Vaccination Hyderabad 1872-1889 - 1872-1889
Year: 1872
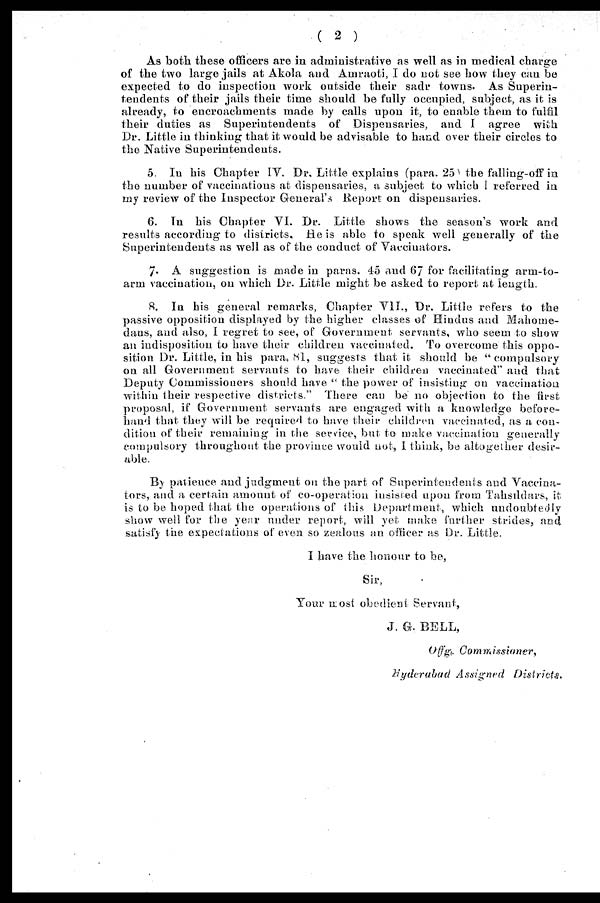
( 2 )
As both these officers are in administrative as well as in medical charge
of the two large jails at Akola and Amraoti, I do not see how they can be
expected to do inspection work outside their sadr towns. As Superin-
tendents of their jails their time should be fully occupied, subject, as it is
already, to encroachments made by calls upon it, to enable them to fulfil
their duties as Superintendents of Dispensaries, and I agree with
Dr. Little in thinking that it would be advisable to hand over their circles to
the Native Superintendents.
5. In his Chapter IV. Dr. Little explains (para. 25 the falling-off in
the number of vaccinations at dispensaries, a subject to which I referred in
my review of the Inspector General's Report on dispensaries.
6. In his Chapter VI. Dr. Little shows the season's work and
results according to disiricts. He is able to speak well generally of the
Superintendents as well as of the conduct of Vaccinators.
7. A suggestion is made in paras. 45 and 67 for facilitating arm-to-
arm vaccination, on which Dr. Little might be asked to report at length.
8. In his general remarks, Chapter VII., Dr. Little refers to the
passive opposition displayed by the higher classes of Hindus and Mahome-
dans, and also, I regret to see, of Government servants, who seem to show
an indisposition to have their children vaccinated. To overcome this oppo-
sition Dr. Little, in his para. 81, suggests that it should be " compulsory
on all Government servants to have their children vaccinated" and that
Deputy Commissioners should have " the power of insisting on vaccination
within their respective districts." There can be no objection to the first
proposal, if Government servants are engaged with a knowledge before-
hand that they will be required to have their children vaccinated, as a con-
dition of their remaining in the service, but to make vaccination generally
compulsory throughout the province would not, I think, be altogether desir-
able.
By patience and judgment on the part of Superintendents and Vaccina-
tors, and a certain amount of co-operation insisted upon from Tahsildars, it
is to be hoped that the operations of this Department, which undoubtedly
show well for the year under report, will yet make further strides, and
satisfy the expectations of even so zealous an officer as Dr. Little.
I have the honour to be,
Sir,
Your most obedient Servant,
J. G. BELL,
Offg. Commtesioner,
Hyderabad Assigned Districts.